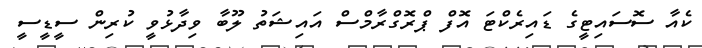
ކެއާ ސޮސައިޓީގެ ޑައިރެކްޓަ އޮފް ޕްރޮގްރާމްސް އައިޝަތު ލޫބާ ވިދާޅުވީ ކުރިން ސީޑީސީ